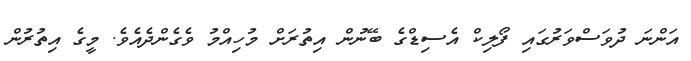
އަންނަ ދުވަސްވަރުގައި ފޯލިކް އެސިޑްގެ ބޭނުން އިތުރަށް މުހިއްމު ވެގެންދެއެވެ. މީގެ އިތުރުން